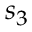
s _ { 3 }